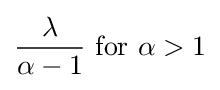
{\frac {\lambda }{\alpha -1}}{\text{ for }}\alpha >1